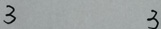
3 3